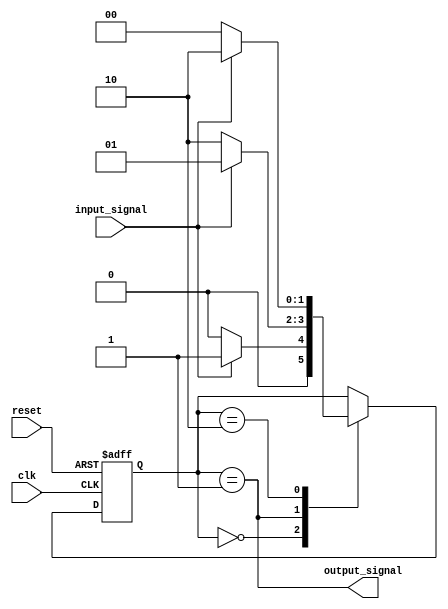
module debounce_circuit (
    input wire clk,
    input wire reset,
    input wire input_signal,
    output reg output_signal
);

reg [1:0] state;

always @(posedge clk or posedge reset) begin
    if (reset) begin
        state <= 2'b00;
    end else begin
        case(state)
            2'b00: begin
                if (input_signal) begin
                    state <= 2'b01;
                end else begin
                    state <= 2'b00;
                end
            end
            2'b01: begin
                if (!input_signal) begin
                    state <= 2'b10;
                end else begin
                    state <= 2'b01;
                end
            end
            2'b10: begin
                if (input_signal) begin
                    state <= 2'b10;
                end else begin
                    state <= 2'b00;
                end
            end
        endcase
    end
end

assign output_signal = (state == 2'b01);

endmodule